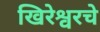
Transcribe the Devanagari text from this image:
खिरेश्वरचे